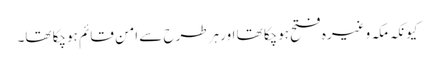
کیونکہ مکہ وغیرہ فتح ہوچکا تھا اور ہرطرح سے امن قائم ہوچکا تھا۔